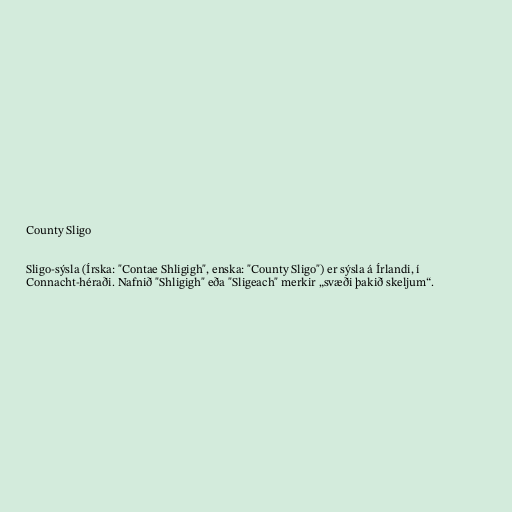
County Sligo

Sligo-sýsla (Írska: "Contae Shligigh", enska: "County Sligo") er sýsla á Írlandi, í
Connacht-héraði. Nafnið "Shligigh" eða "Sligeach" merkir „svæði þakið skeljum“.